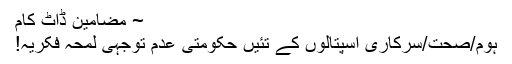
~ مضامین ڈاٹ کام
ہوم/صحت/سرکاری اسپتالوں کے تئیں حکومتی عدم توجہی لمحہ فکریہ!